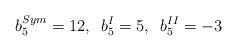
LaTeX: \begin{align*}b_5^{Sym}=12,\,\,\,b_5^{I}=5,\,\,\,b_5^{II}=-3\end{align*}